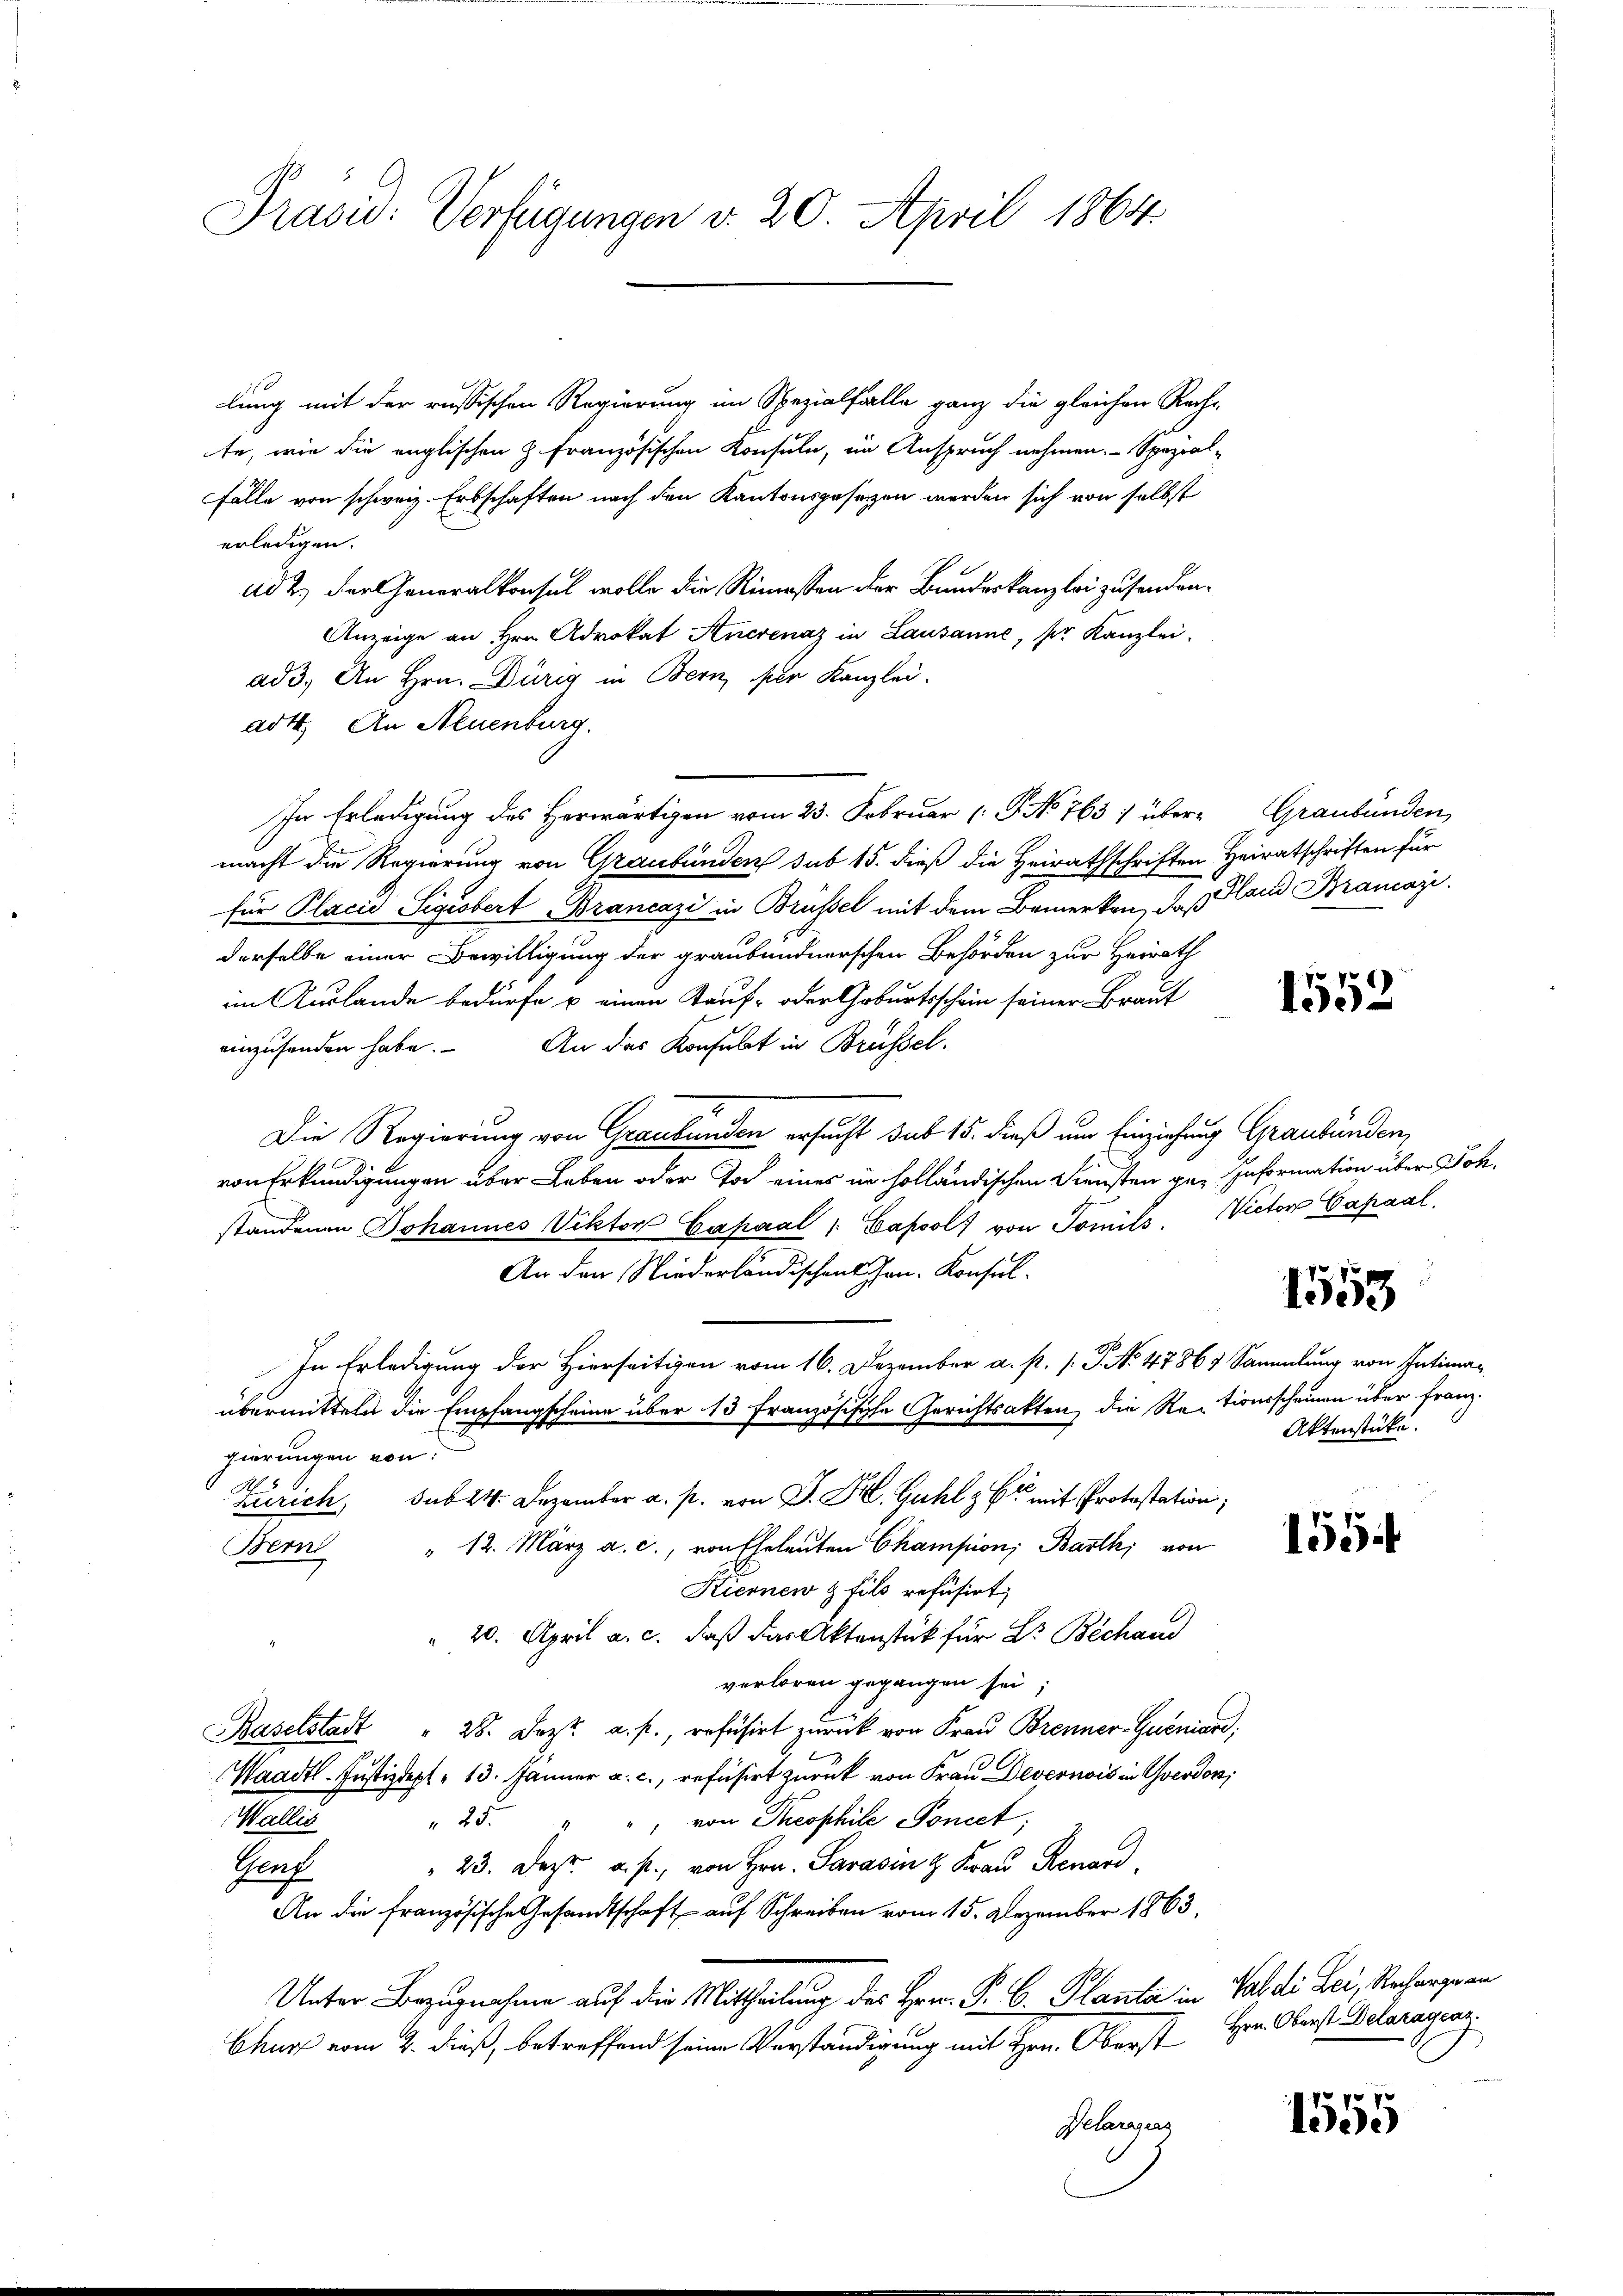
Präsid. Verfügungen v. 20. April 1864.

lung mit der russischen Regierung im Spezialfalle ganz die gleichen Recht
te, wie die englischen Z. Französischen Konsuln, im Anspruch nehmen. Spezial-
Fälle von schweiz. Erbschaften nach den Kantonsgesetzen werden sich von selbst
erlangen.
ad 2.) Der Generalkonsul wolle die Rimessen der Bundeskanzlei zusenden¬
Anzeige an Hrn. Advokat Anerenaz in Lausanne, per Kanzlei.
ad 3. An Hrn. Dürig in Bern, der Kanzlei.
adt. An Neuenburg.
In Erledigung des Herwärtigen vom 23. Februar ( P No 763) über- Graubünden,
macht die Regierung von Graubünden sub 15. dieß die Heirathschriften Heiratschriften für
für Placid Sigisbert Brancazi in Brüssel mit dem Bemerken, daß Hand Brancazi
derselbe einer Bewilligung der graubündnerschen Behörden zur Heirath
im Auslande bedürfe u. einen Kauf- oder Geburtsschein seiner Braut
einzusenden habe. An das Konsulat in Brüssel
Die Regierung von Graubünden ersucht sub 15. dieß um Einziehung Graubünden,
von Erkundigungen über Leben oder Tod einer in holländischen Diensten ge- Information über Joh.
standenen Johannes Viktor Capaal " Capsolf von Tomils. Victor Capaal,
An den Niederländischens Hrn. Konsul
In Erledigung der Hierseitigen vom 16. Dezember a. p. /: J. No. 47867 Sammlung von Intiman
übermitteln die Empfangscheine über 13 Französische Gerichtsakten, die Rectionsscheinen über franz.
gierungen von
15
Zürich, sub 24. Dezember a. p. von J. H. Guhl z Er mit Protestation;
" 12. März a. c., von Eheleuten Champion, Barth, von
Bem
Kiernen & fils refüsirt
" 20. April a. c. daß das Aktenstück für Dr. Bechand
verloren gegangen sei;
Baselstadt " 28. Dez. a. p., refüsirt zurück von Frau Brenner-Queniard;
Waadt. Justizdept 13. Jänner a. c., refüsirt zurück von Frau Devernois in Yverdon,
Wallis
", von Theophile Foncct,
25.
23. Dez. a. p., von Hrn. Parasin & Frau Renard,
Prof.
An die französische Gesandtschaft auf Schreiben vom 15. Dezember 1863,
Unter Bezugnahme auf die Mittheilung des Hrn. P. C. Planta in Val di Lei, Recharge an
Churf vom 2. dieß, betreffend seine Verständigung mit Hrn. Oberst Hrn. Oberst Delaragesz
Pelaragrar

1552

1553

Aktenstücke.

1554

1555